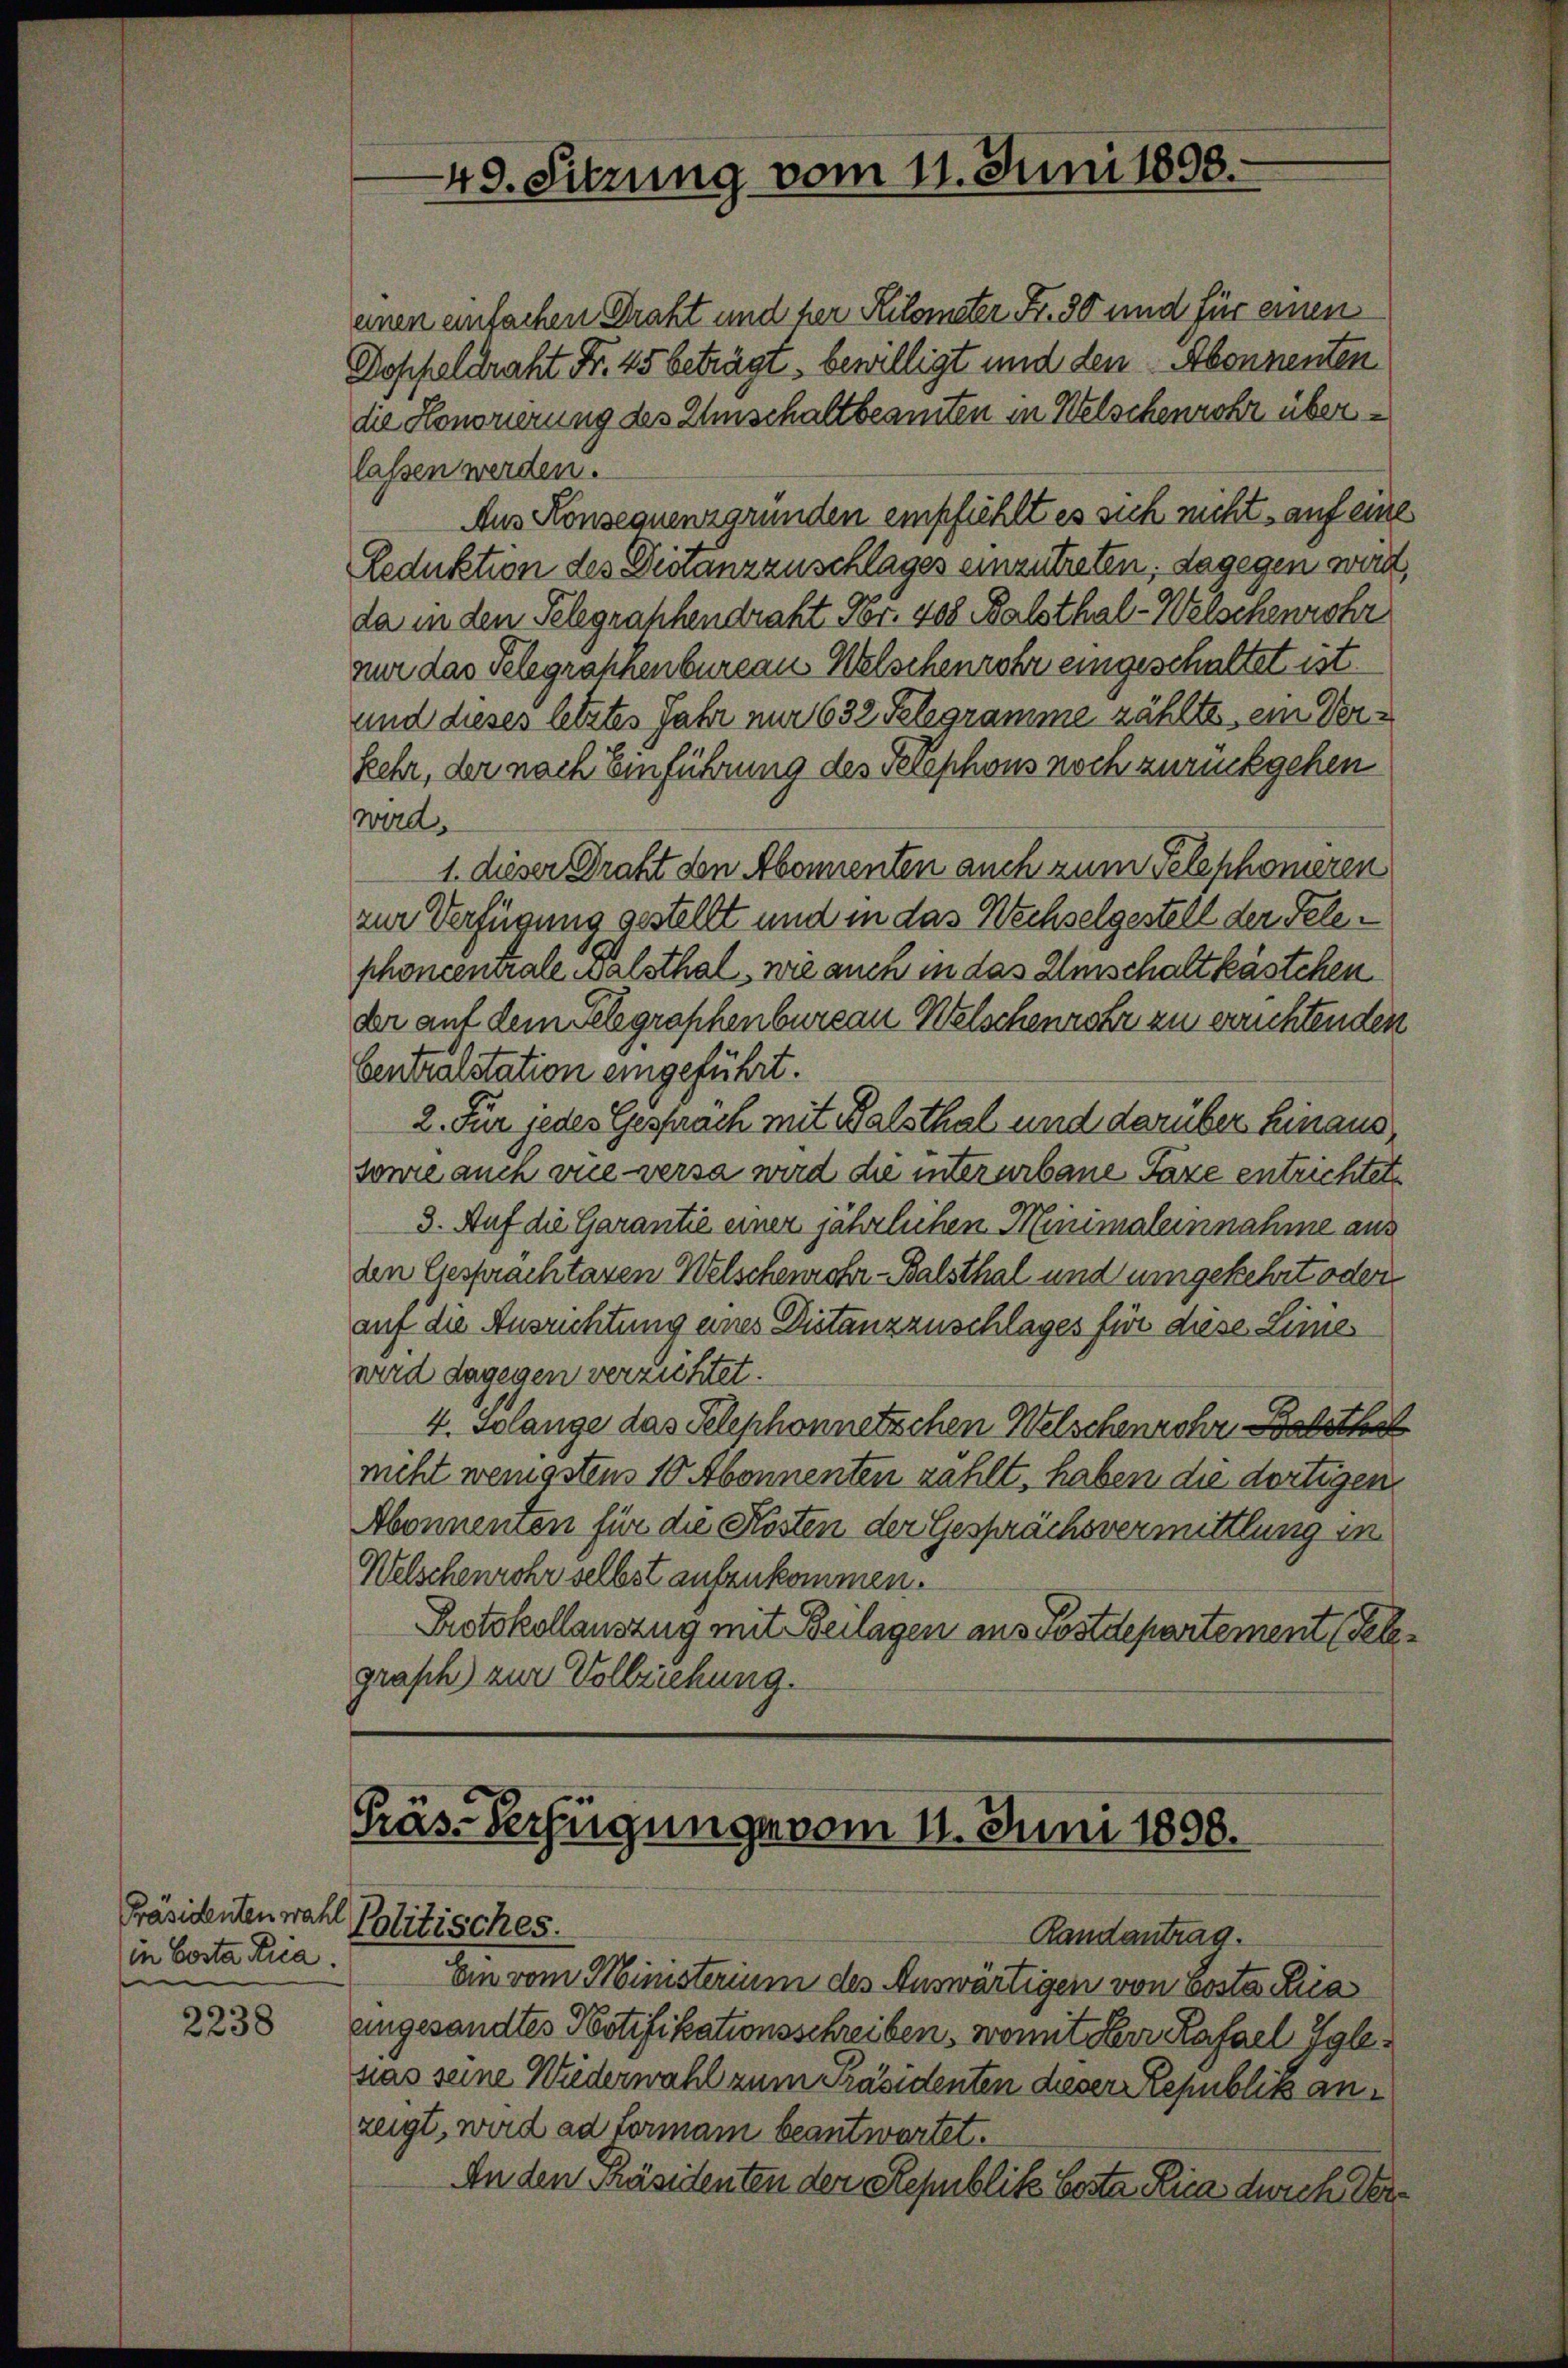
Präsidenten wahl
in Costa Ria.

2238

49. Sitzung vom 11. Juni 1898.

Präs. Verfügunge vom 11. Juni 1898.
Politisches.
Randantrag.

einen einfachen Draht und her Kilometer Fr. 30 und für einen
Doppeldraht Fr. 45 beträgt, bewilligt und den Abonnenten
die Honorierung des Umschaltbeamten in Welschenrohr überlassen werden.
Aus Konsequenzgründen empfiehlt es sich nicht, auf eine
Reduktion des Distanzzuschlages einzutreten; dagegen wird,
da in den Telegraphendraht Nr. 408 Balsthal-Welschenrohr
nur das Telegraphenbureau Welschenrohr eingeschaltet ist.
und dieses letztes Jahr nur 632 Telegramme zählte, ein Verkehr, der nach Einführung des Telephons noch zurückgehen
wird.
1. dieser Draht den Abonnenten auch zum Telephonieren
zur Verfügung gestellt und in das Wechselgestell der Telephoncenerale walsthal, wie auch in das Umschalt kästchen
der auf dem Telegraphenbureau Welschenrohr zu errichtenden
Centralstation eingeführt.
2. Für jedes Gespräch mit Halsthal und darüber hinaus¬
sowie auch vie versa wird die interarbaue Taxe entrichtet
3. Auf die Garantie einer jährlichen Minimal einnahme aus
den Gesprächtaren Welschenrohr-Balsthal und umgekehrt oder
auf die Ausrichtung eines Distanzzuschlages für diese Limes
wird dagegen verzichtet.
4. Solange das Telephonnetzchen Welschenrohr Besthal
nicht wenigsten 10 Abonnenten zählt, haben die dortigen
Abonnenten für die Kosten der Gesprächsvermittlung in
Welschenrohr selbst aufzukommen.
Protokollauszug mit Beilagen aus Postdepartement (Telegrash) zur Vollziehung.

Ein vom Ministerium des Auswärtigen von Costa Tria
eingesandtes Notifikationsschreiben, womit Herr Kafael Iglesas seine Wiederwahl zum Präsidenten dieser Republik anzeigt, wird ad Formann beantwortet.
An den Präsidenten der Republik Costa Rica dich der